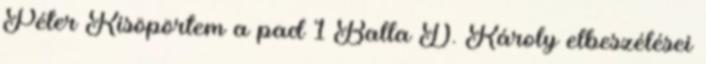
Péter Kisöpörtem a pad 1 Balla D. Károly elbeszélései